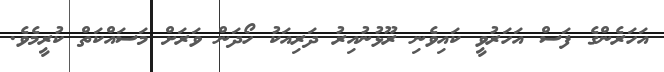
އަހަރެންގެ ފަސް އަހަރުވީ ކައިވެނި ރޫޅުނުއިރު ދަރިއަކު ހޯދަން ވަރަށް މަސައްކަތް ކުރީމެވެ.